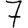
Digit: 7